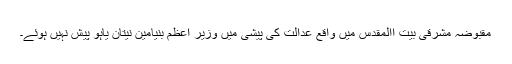
مقبوضہ مشرقی بیت االمقدس میں واقع عدالت کی پیشی میں وزیر اعظم بنیامین نیتان یاہو پیش نہیں ہوئے۔